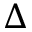
\Delta